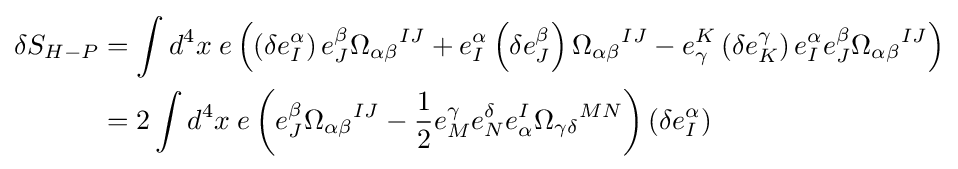
{\begin{aligned}\delta S_{H-P}&=\int d^{4}x\;e\left(\left(\delta e_{I}^{\alpha }\right)e_{J}^{\beta }{\Omega _{\alpha \beta }}^{IJ}+e_{I}^{\alpha }\left(\delta e_{J}^{\beta }\right){\Omega _{\alpha \beta }}^{IJ}-e_{\gamma }^{K}\left(\delta e_{K}^{\gamma }\right)e_{I}^{\alpha }e_{J}^{\beta }{\Omega _{\alpha \beta }}^{IJ}\right)\\&=2\int d^{4}x\;e\left(e_{J}^{\beta }{\Omega _{\alpha \beta }}^{IJ}-{1 \over 2}e_{M}^{\gamma }e_{N}^{\delta }e_{\alpha }^{I}{\Omega _{\gamma \delta }}^{MN}\right)\left(\delta e_{I}^{\alpha }\right)\end{aligned}}